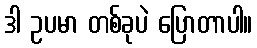
ဒါ ဥပမာ တစ်ခုပဲ ပြောတာပါ။